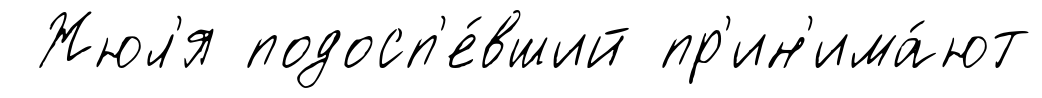
Жюл'я подосп'е́вший пр'ин'има́ют